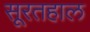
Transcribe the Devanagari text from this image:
सूरतहाल